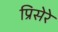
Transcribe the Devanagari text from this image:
प्रिसेरे